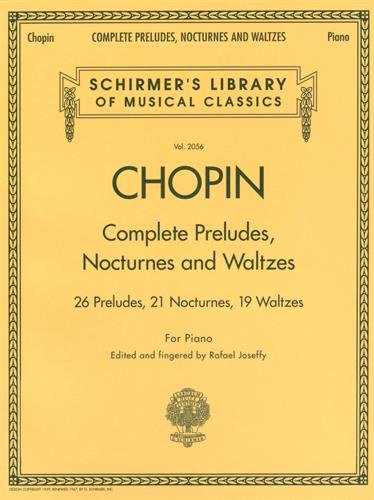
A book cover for Complete Preludes, Nocturnes & Waltzes: 26 Preludes, 21 Nocturnes, 19 Waltzes for Piano (Schirmer's Library of Musical Classics); Humor & Entertainment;